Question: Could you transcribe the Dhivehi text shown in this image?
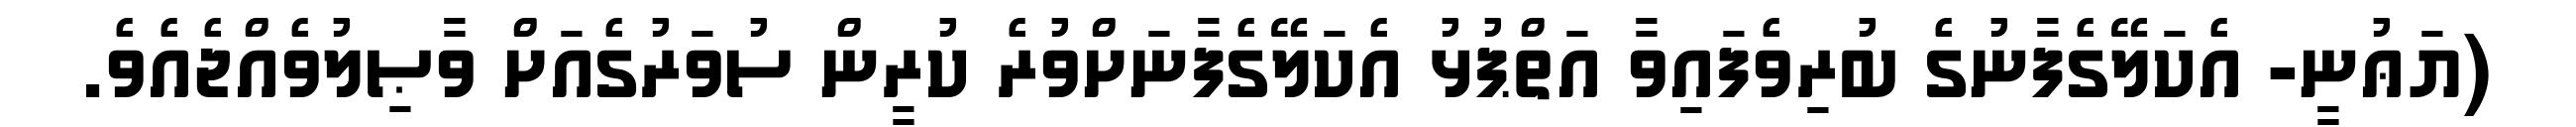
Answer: (ޔަޢުނީ- އެކަލޭގެފާނުގެ ބުރިވެފައިވާ އަތްޕުޅު އެކަލޭގެފާނަށްވުރެ ކުރީން ސުވަރުގެއަށް ވާޞިލުވެއްޖެއެވެ.